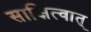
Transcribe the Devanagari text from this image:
साक्षित्वात्